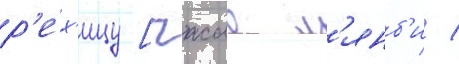
р'ех'ицу [чжао л'янб'и /